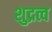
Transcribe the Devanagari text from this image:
शुद्रत्व